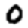
Digit: 0